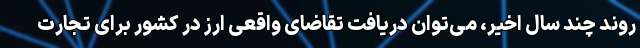
روند چند سال اخیر، می‌توان دریافت تقاضای واقعی ارز در کشور برای تجارت